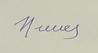
Signature authenticity: forged